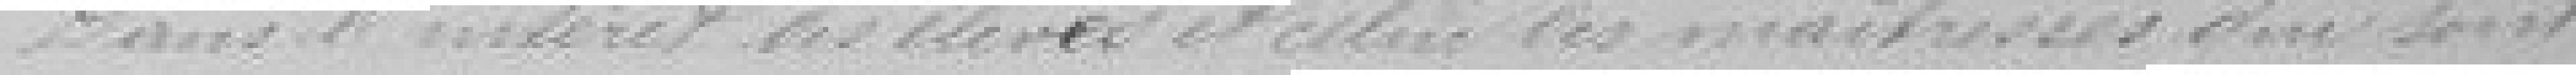
Dans l'intérêt des élèves et celui des maîtresses qui sont